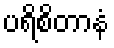
ပရိစိတာနံ